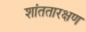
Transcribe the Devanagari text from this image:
शांततारक्षण